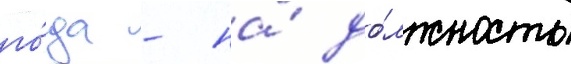
го́да - на́ до́лжность